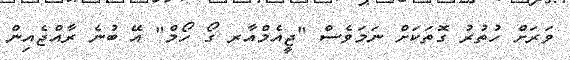
ވަރަށް ހުތުރު ގޮތަކަށް ނަމަވެސް "ޖީއެމްއާރ ގޯ ހޯމް" އޭ ބުނެ ރާއްޖެއިން